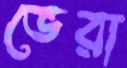
ভেরা